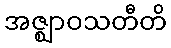
အဇ္ဈာဝသတီတိ